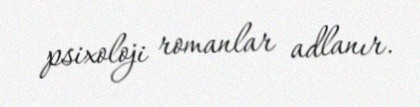
psixoloji romanlar adlanır.